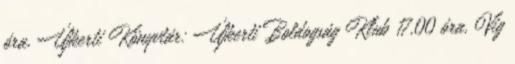
óra, Újkerti Könyvtár: Újkerti Boldogság Klub 17.00 óra, Víg